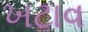
ખટાવ